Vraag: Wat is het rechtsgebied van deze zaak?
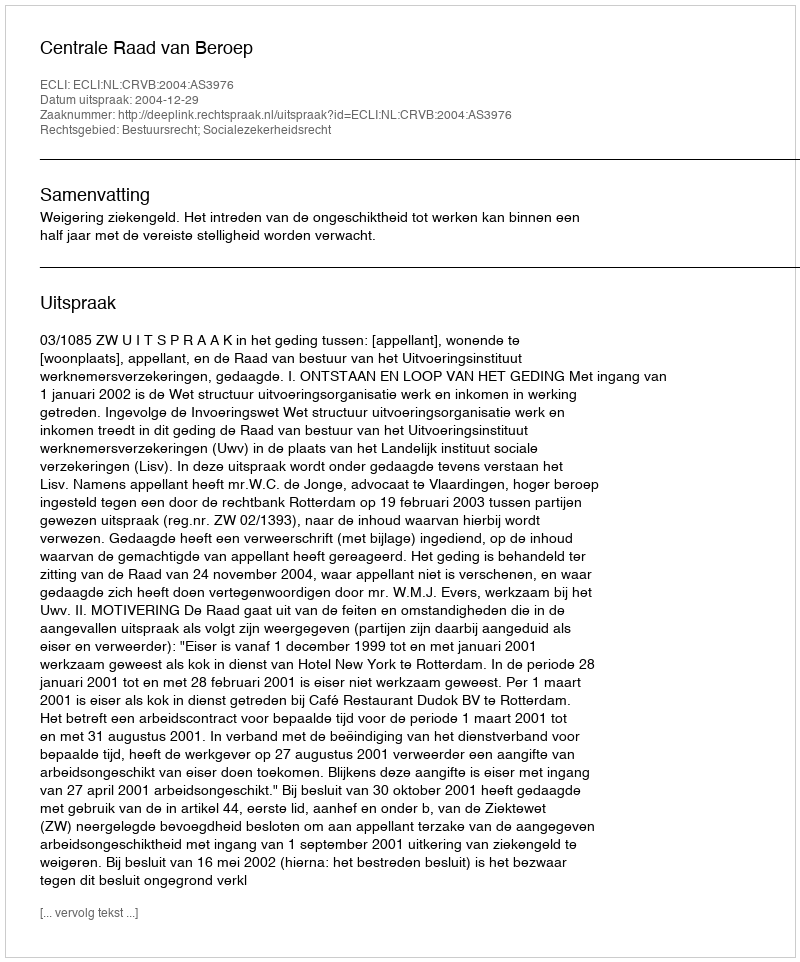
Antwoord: Bestuursrecht; Socialezekerheidsrecht